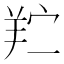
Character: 𬙯